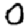
Digit: 0